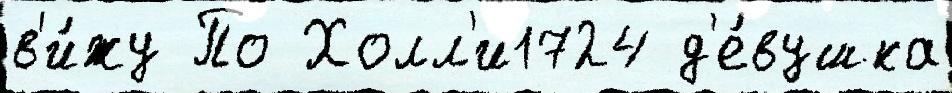
в'и́жу По Холл'и1724 д'е́вушка